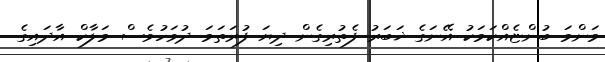
މަންމަ ބުންޏެއްކަމަކު އޭނަގެ ޚަބަރު ފެތުރިގެން ދިޔަ ފުރަތަމަ ދުވަހުވެސް މަލާކް އާދައިގެ